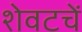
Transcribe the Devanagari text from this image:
शेवटचें